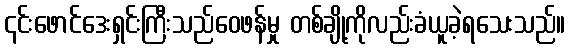
၎င်းဖောင်ဒေးရှင်းကြီးသည်ဝေဖန်မှု တစ်ချို့ကိုလည်းခံယူခဲ့ရသေးသည်။